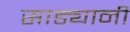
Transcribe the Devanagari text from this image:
साड्यानी